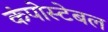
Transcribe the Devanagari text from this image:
कंपोस्टेबल